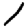
Digit: 1